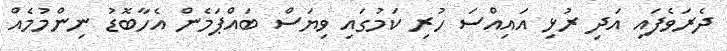
ދެރަވެފައި އަދި ރުޅި އައިއްސަ ހުރި ކަމުގައި ވިޔަސް ބައްޕަމެން އެހާބޮޑު ނިންމުމެއް